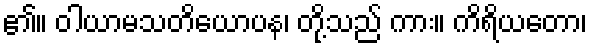
၏။ ဝါယာမသတိယောပန၊ တို့သည် ကား။ ကိရိယတော၊